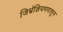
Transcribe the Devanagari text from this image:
जिम्नॅशियमपासून